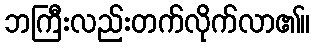
ဘကြီးလည်းတက်လိုက်လာ၏။